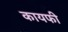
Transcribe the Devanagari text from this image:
कायफी